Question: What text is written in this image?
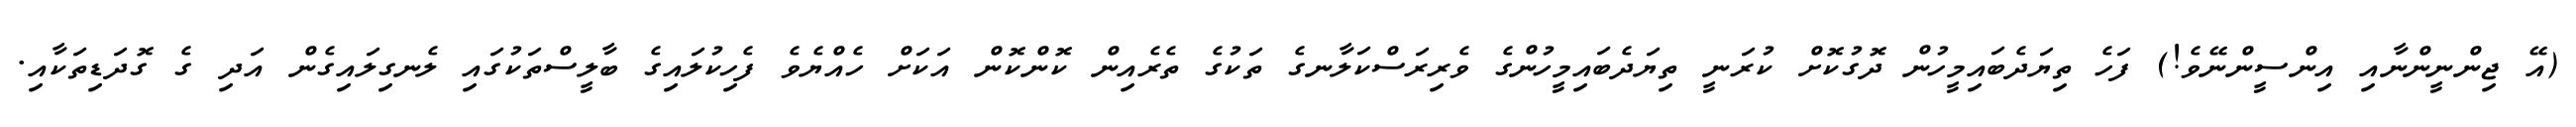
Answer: (އޭ ޖިންނީންނާއި އިންސީންނޭވެ!) ފަހެ ތިޔަދެބައިމީހުން ދޮގުކޮށް ކުރަނީ ތިޔަދެބައިމީހުންގެ ވެރިރަސްކަލާނގެ ތަކުގެ ތެރެއިން ކޮންކޮން އަކަށް ހެއްޔެވެ ފެހިކުލައިގެ ބާލީސްތަކުގައި ލެނގިލައިގެން އަދި ގެ ގޮދަޑިތަކާއި.